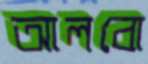
আলবো